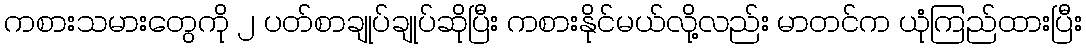
ကစားသမားတွေကို ၂ ပတ်စာချုပ်ချုပ်ဆိုပြီး ကစားနိုင်မယ်လို့လည်း မာတင်က ယုံကြည်ထားပြီး